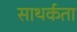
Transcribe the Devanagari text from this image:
साथर्कता